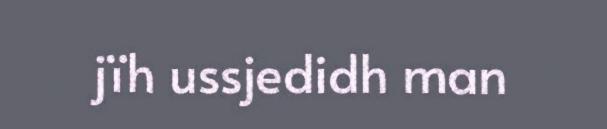
jïh ussjedidh man